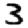
Digit: 3